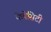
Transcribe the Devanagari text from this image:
केपेसिटी